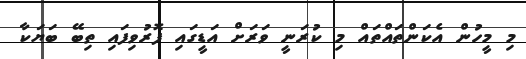
މި މީހުން އެކަންތައްތައް މި ކުރަނީ ވަރަށް އަޑީގައި ފޮރުވިފައި ތިބޭ ބަޔަކާ